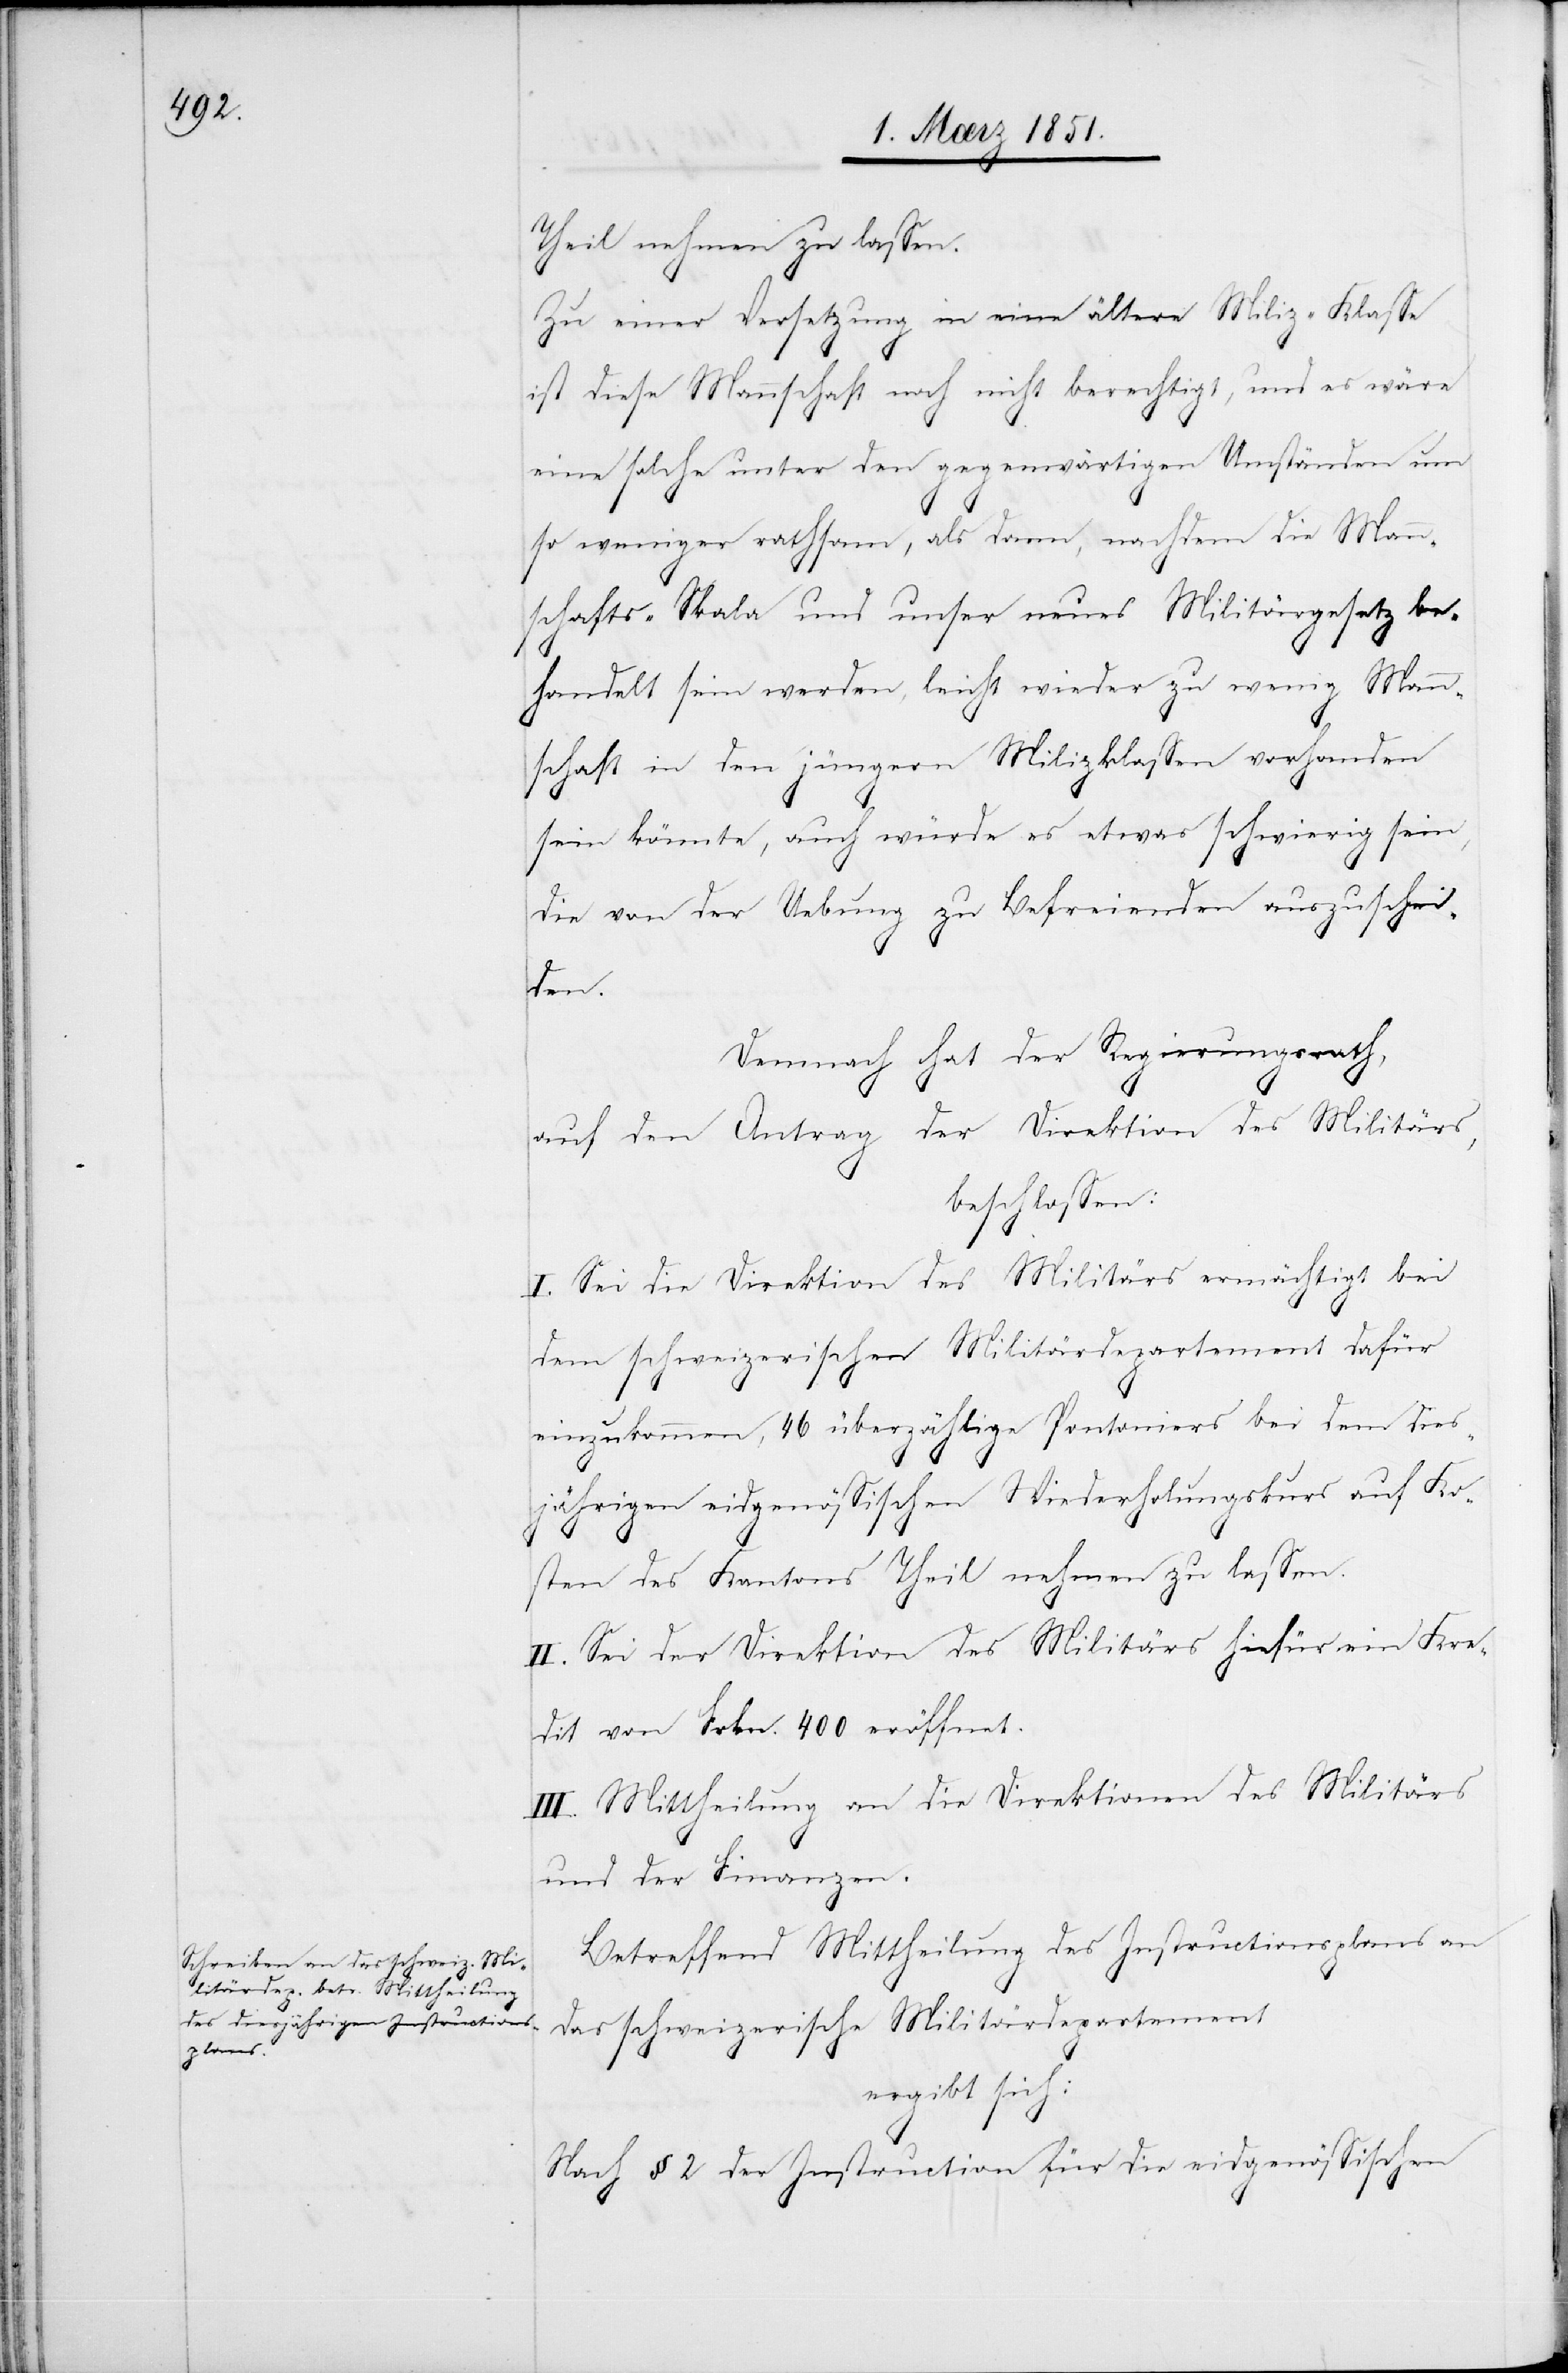
Theil nehmen zu lassen.
Zu einer Versetzung in eine ältere Miliz-Klasse
ist diese Mannschaft noch nicht berechtigt, und es wäre
eine solche unter den gegenwärtigen Umständen um
so weniger rathsam, als dann, nachdem die Mann¬
schafts-Skala und unser neues Militärgesetz be¬
handelt sein werden, leicht wieder zu wenig Mann¬
schaft in den jüngern Milizklassen vorhanden
sein könnte, auch würde es etwas schwierig sein,
die von der Uebung zu Befreienden auszuschei¬
den.
Demnach hat der Regierungsrath,
auf den Antrag der Direktion des Militärs,
beschlossen:
I. Sei die Direktion des Militärs ermächtigt bei
dem schweizerischen Militärdepartement dafür
einzukommen, 46 überzählige Pontoniers bei dem dies¬
jährigen eidgenössischen Wiederholungskurs auf Ko¬
sten des Kantons Theil nehmen zu lassen.
II. Sei der Direktion des Militärs hiefür ein Kre¬
dit von Frkn. 400 eröffnet.
III. Mittheilung an die Direktionen des Militärs
und der Finanzen.
Betreffend Mittheilung des Instructionsplans an
das schweizerische Militärdepartement
ergibt sich:
Nach § 2 der Instruction für die eidgenössischen